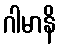
ဂါမာနိ